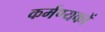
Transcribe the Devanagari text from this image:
कर्मण्यकों